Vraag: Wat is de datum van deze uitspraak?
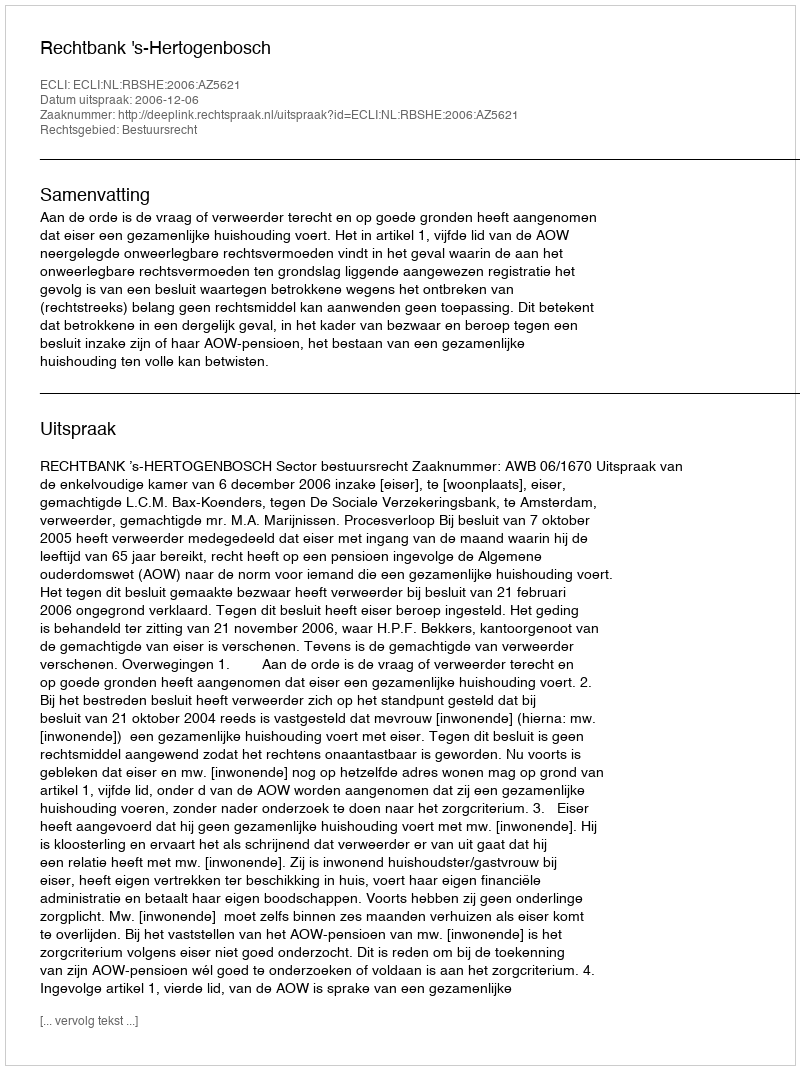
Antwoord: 2006-12-06